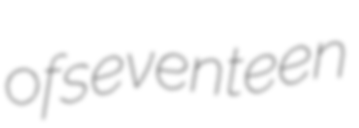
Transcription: of seventeen